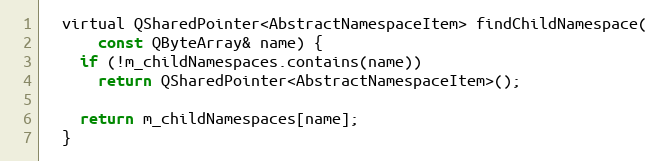
Language: C
  virtual QSharedPointer<AbstractNamespaceItem> findChildNamespace(
      const QByteArray& name) {
    if (!m_childNamespaces.contains(name))
      return QSharedPointer<AbstractNamespaceItem>();

    return m_childNamespaces[name];
  }